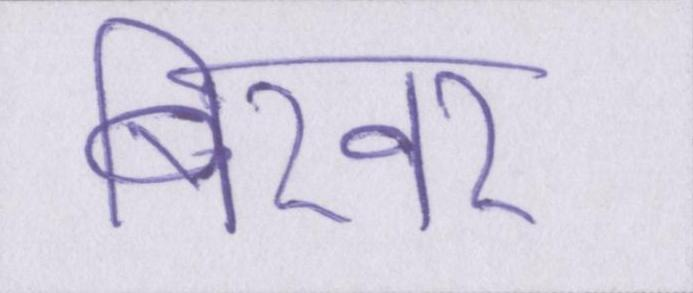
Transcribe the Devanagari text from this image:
बिखर